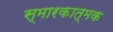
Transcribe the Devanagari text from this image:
स्मारकात्मक